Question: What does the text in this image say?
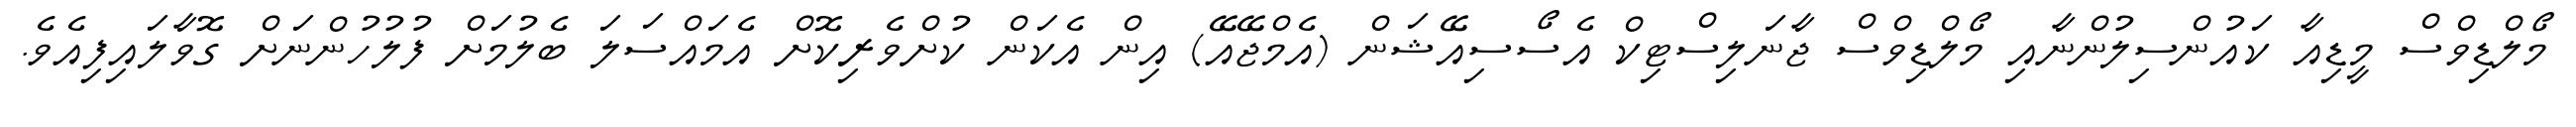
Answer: މޯލްޑިވްސް މީޑިއާ ކައުންސިލުންނާއި މޯލްޑިވްސް ޖާނަލިސްޓިކް އެސޯސިއޭޝަން (އެމްޖޭއޭ) އިން އެކަން ކުށްވެރިކޮށް އެމައްސަލަ ބެލުމަށް ފުލުހުންނަށް ގޮވާލައިފިއެވެ.